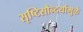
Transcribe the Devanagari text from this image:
सृष्टिसौन्दर्यामुळे